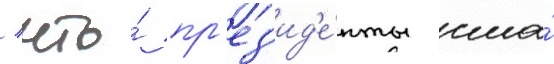
/ что́ пр'ез'ид'е́нты сша́